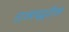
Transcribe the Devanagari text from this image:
राज्यपद्धतीला